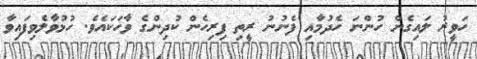
ހަވީރު ލައިގެން ހުންނަ ހެދުމާއި ފެނުނު ރީތި ފިރިހެން ކުދިންގެ ވާހަކައެވެ. ހުޅުވާލެވިފައިވާ